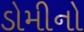
ડોમીનો